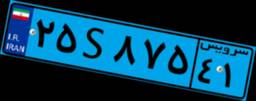
۲۵S۸۷۵۴۱